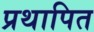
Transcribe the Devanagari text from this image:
प्रथापित